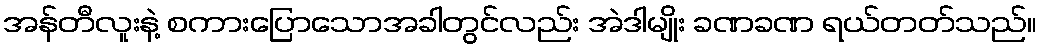
အန်တီလူးနဲ့ စကားပြောသောအခါတွင်လည်း အဲဒါမျိုး ခဏခဏ ရယ်တတ်သည်။